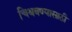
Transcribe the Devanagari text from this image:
चिथवण्यासाठी